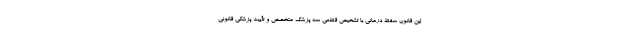
این قانون سقط درمانی با تشخیص قطعی سه پزشک متخصص و تأیید پزشکی قانونی